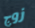
زوج